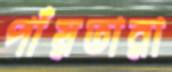
পাঁয়তারা